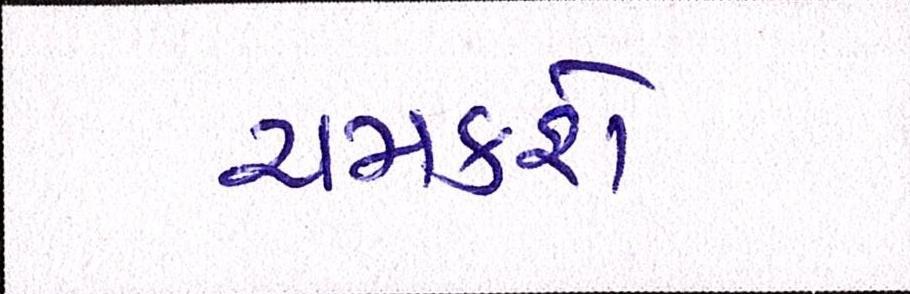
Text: ચમકશે